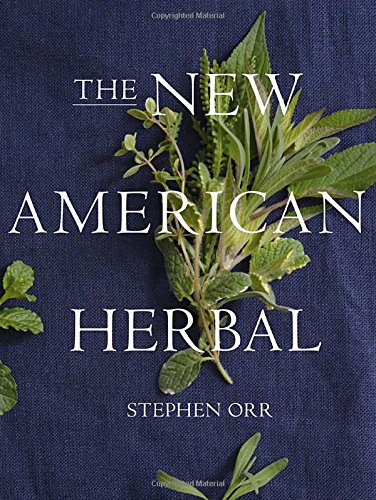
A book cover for The New American Herbal; Stephen Orr; Cookbooks, Food & Wine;